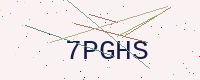
Text: 7PGHS